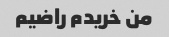
من خریدم راضیم